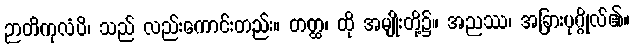
ဉာတိကုလံပိ၊ သည် လည်းကောင်းတည်း။ တတ္ထ၊ ထို အမျိုးတို့၌။ အညဿ၊ အခြားပုဂ္ဂိုလ်၏။